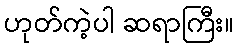
ဟုတ်ကဲ့ပါ ဆရာကြီး။